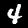
Digit: 4